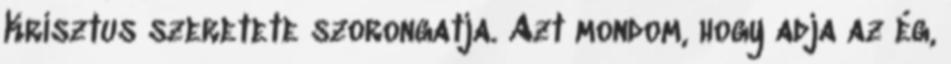
Krisztus szeretete szorongatja. Azt mondom, hogy adja az ég,